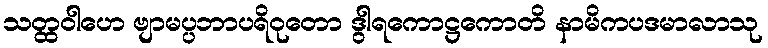
သတ္ထဝါဟေ ဗျာမပ္ပဘာပရိဝုတော ဒွါရကောဋ္ဌကောတိ နာမိကပဒမာလာသု